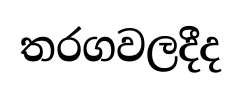
තරගවලදීද